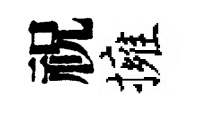
祝擁